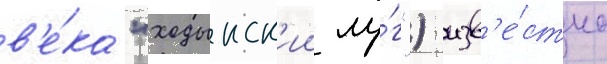
в'е́ка "ходынск'ии лу́г") изв'е́стно